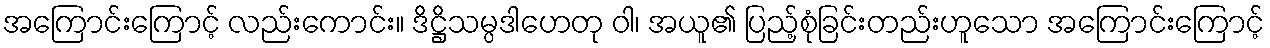
အကြောင်းကြောင့် လည်းကောင်း။ ဒိဋ္ဌိသမ္ပဒါဟေတု ဝါ၊ အယူ၏ ပြည့်စုံခြင်းတည်းဟူသော အကြောင်းကြောင့်